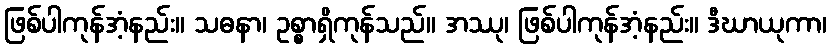
ဖြစ်ပါကုန်အံ့နည်း။ သဓနာ၊ ဥစ္စာရှိကုန်သည်။ အဿု၊ ဖြစ်ပါကုန်အံ့နည်း။ ဒီဃာယုကာ၊